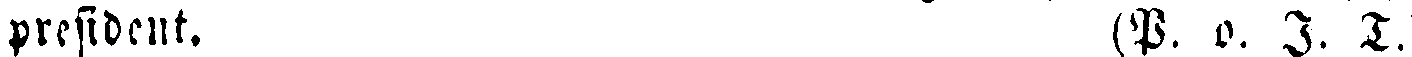
president. (P. p. J. T.